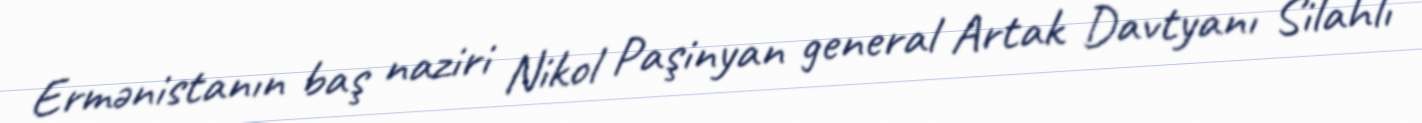
Ermənistanın baş naziri Nikol Paşinyan general Artak Davtyanı Silahlı